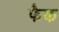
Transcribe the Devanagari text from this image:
फैक